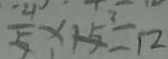
\frac { 4 } { 5 } \times 1 5 = 1 2